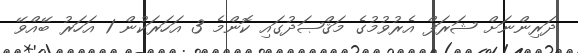
ދަރިންނަށް ޝަރަފް އެރުވުމުގެ މަޤްޞަދުގައި ކޮންމެ 3 އަހަރަކުން 1 އަހަރު ބޭއްވޭ